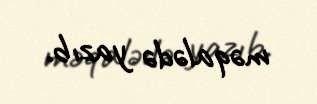
məqalədə yazıb.